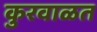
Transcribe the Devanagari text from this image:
कुरवाळत